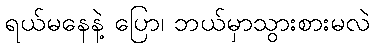
ရယ်မနေနဲ့ ပြော၊ ဘယ်မှာသွားစားမလဲ